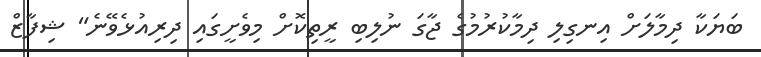
ބަޔަކާ ދިމާލަށް އިނގިލި ދިމާކުރުމުގެ ޖާގަ ނުލިބި ރީތިކޮށް މިވެށީގައި ދިރިއުޅެވޭނެ" ޝިފާޒް